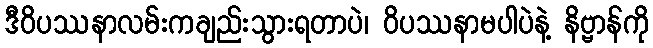
ဒီဝိပဿနာလမ်းကချည်းသွားရတာပဲ၊ ဝိပဿနာမပါပဲနဲ့ နိဗ္ဗာန်ကို